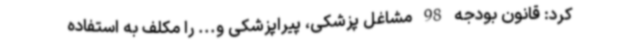
کرد: قانون بودجه 98 مشاغل پزشکی، پیراپزشکی و... را مکلف به استفاده